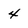
Character: 4